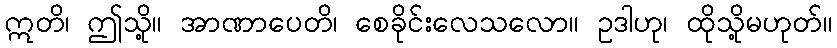
ဣတိ၊ ဤသို့။ အာဏာပေတိ၊ စေခိုင်းလေသလော။ ဥဒါဟု၊ ထိုသို့မဟုတ်။